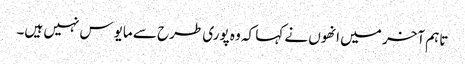
تاہم آخر میں انھوں نے کہا کہ وہ پوری طرح سے مایوس نہیں ہیں۔